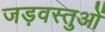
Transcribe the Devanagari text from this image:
जड़वस्तुओं